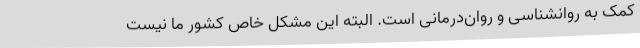
کمک به روانشناسی و روان‌درمانی است. البته این مشکل خاص کشور ما نیست